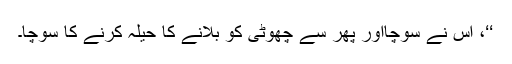
‘‘، اس نے سوچااور پھر سے چھوٹی کو بلانے کا حیلہ کرنے کا سوچا۔